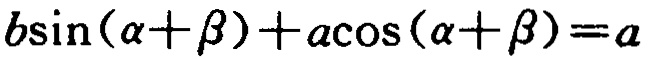
\(b\sin(\alpha+\beta)+a\cos(\alpha+\beta)=a\)